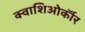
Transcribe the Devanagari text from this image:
क्वाशिओर्कॉर